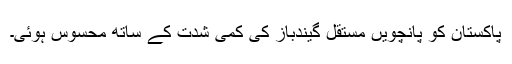
پاکستان کو پانچویں مستقل گیندباز کی کمی شدت کے ساتھ محسوس ہوئی۔